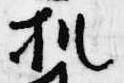
机